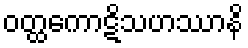
ဝတ္ထကောဋိသဟဿာနိ